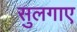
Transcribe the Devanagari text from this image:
सुलगाए